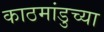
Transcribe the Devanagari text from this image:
काठमांडुच्या